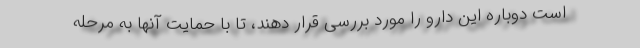
است دوباره این دارو را مورد بررسی قرار دهند، تا با حمایت آنها به مرحله